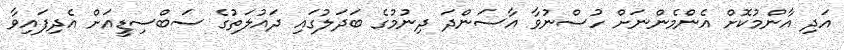
އަދި އާންމުކޮށް އެންމެންނަށް ހުސްނުވާ އާސަންދަ ދިނުމުގެ ބަދަލުގައި ދައުލަތުގެ ސަބްސިޑީއަށް އެދިފައިވާ